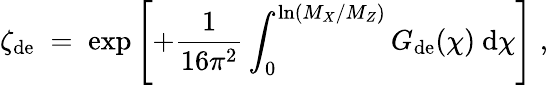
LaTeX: \zeta_{\mathrm{de}}\; =\; \exp\left[+\frac{1}{16\pi^{2}}\int_{0}^{\ln(M_{X}/M_{Z})}G_{\mathrm{de}}(\chi)~\mathrm{d}\chi\right]\; ,